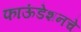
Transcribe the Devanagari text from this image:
फाऊंडेशनचे